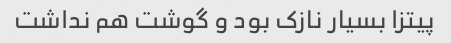
پیتزا بسیار نازک بود و گوشت هم نداشت